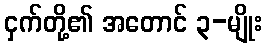
ငှက်တို့၏ အတောင် ၃-မျိုး